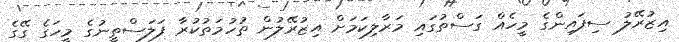
އިޒުރޭލު ސިފައިންގެ މީހެއް ގަސްތުގައި މަރާލިކަމަށް އިޒުރޭލުން ތުހުމަތުކުރާ ފަލަސްތީނުގެ މީހަގެ ގޭގެ